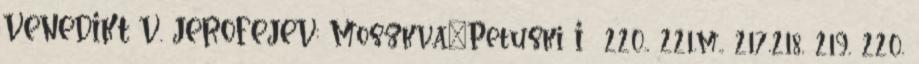
VENEDIKT V. JEROFEJEV: Moszkva–Petuski I 220., 221.m., 217,218, 219, 220.